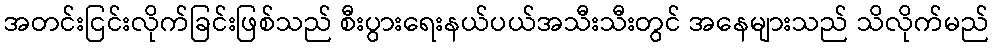
အတင်းငြင်းလိုက်ခြင်းဖြစ်သည် စီးပွားရေးနယ်ပယ်အသီးသီးတွင် အနေများသည် သိလိုက်မည်